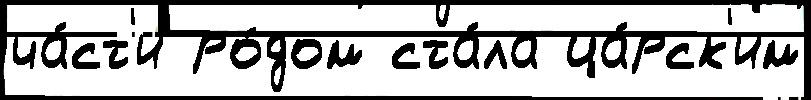
ча́ст'и ро́дом ста́ла ца́рск'им